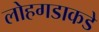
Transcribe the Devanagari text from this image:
लोहगडाकडे